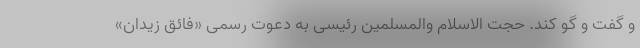
و گفت و گو کند. حجت الاسلام والمسلمین رئیسی به دعوت رسمی «فائق زیدان»